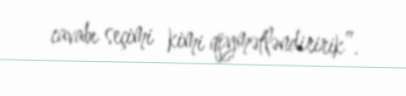
cavabı seçimi kimi qiymətləndiririk”.